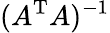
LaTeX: (A^{\mathrm{T}}A)^{-1}